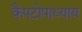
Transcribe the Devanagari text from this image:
कैपटोपाध्याय